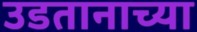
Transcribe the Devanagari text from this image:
उडतानाच्या